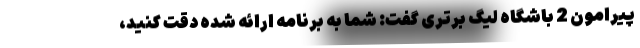
پیرامون 2 باشگاه لیگ برتری گفت: شما به برنامه ارائه شده دقت کنید،